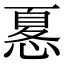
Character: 𢟜